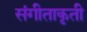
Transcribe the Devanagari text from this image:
संगीताकृती